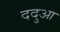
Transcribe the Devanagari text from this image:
ददुआ